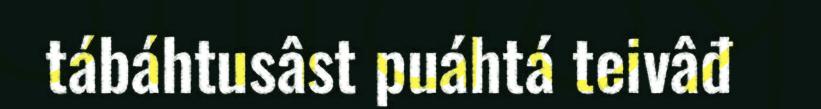
tábáhtusâst puáhtá teivâđ